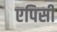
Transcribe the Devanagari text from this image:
एपिसी